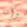
وأنه